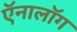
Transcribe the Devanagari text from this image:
ऍनालॉग